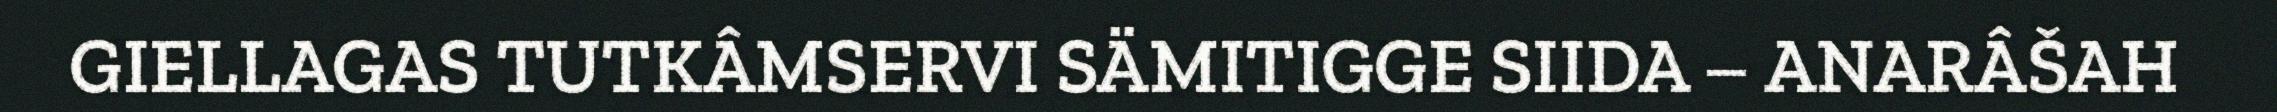
GIELLAGAS TUTKÂMSERVI SÄMITIGGE SIIDA – ANARÂŠAH